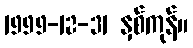
1999-12-31 နှစ်ကုန်။